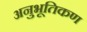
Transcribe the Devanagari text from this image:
अनुभूतिकण